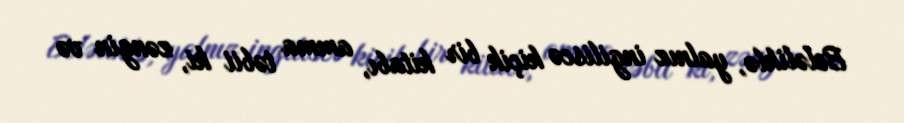
Beləliklə, yalnız ingiliscə kiçik bir kitabı, amma təbii ki, zəngin və